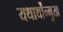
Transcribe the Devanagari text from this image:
यथार्थोंन्मुख